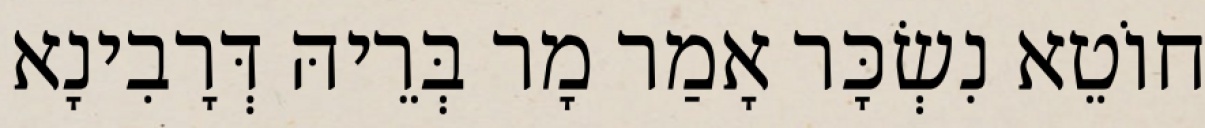
חוֹטֵא נִשְׂכָּר אָמַר מָר בְּרֵיהּ דְּרָבִינָא